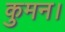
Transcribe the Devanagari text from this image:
कुमन।